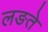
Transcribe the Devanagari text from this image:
लङते